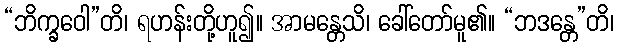
“ဘိက္ခဝေါ”တိ၊ ရဟန်းတို့ဟူ၍။ အာမန္တေသိ၊ ခေါ်တော်မူ၏။ “ဘဒန္တေ”တိ၊